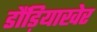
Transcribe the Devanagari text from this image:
डौंड़ियाखेर